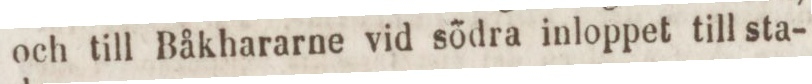
och till Båkhararne vid södra inloppet till sta-